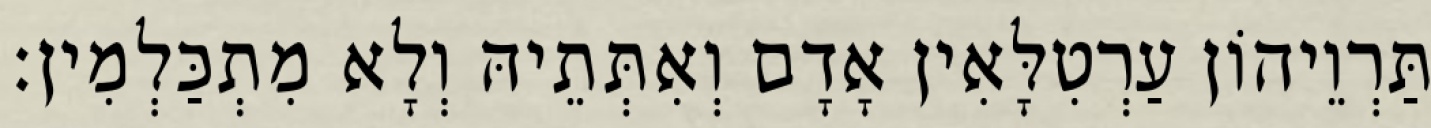
תַּרְוֵיהוֹן עַרְטִלָּאִין אָדָם וְאִתְּתֵיהּ וְלָא מִתְכַּלְמִין׃